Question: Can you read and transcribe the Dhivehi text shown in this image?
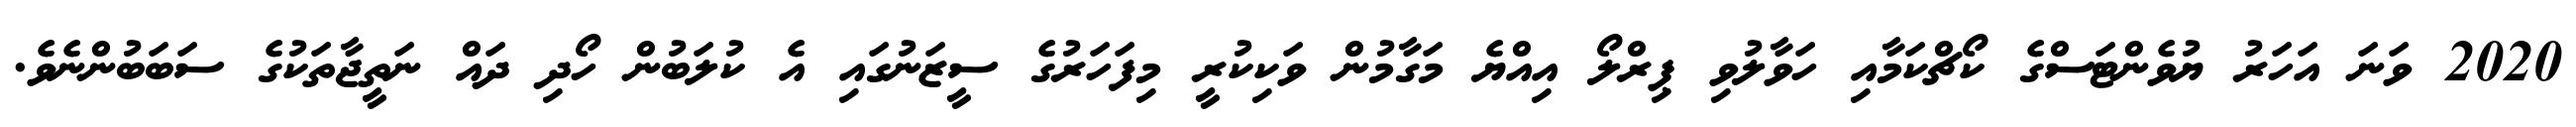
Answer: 2020 ވަނަ އަހަރު ޔުވެންޓަސްގެ ކޯޗްކަމާއި ހަވާލުވި ޕިރްލޯ އިއްޔެ މަގާމުން ވަކިކުރީ މިފަހަރުގެ ސީޒަނުގައި އެ ކުލަބުން ހޯދި ދައް ނަތީޖާތަކުގެ ސަބަބުންނެވެ.